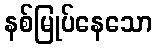
နစ်မြုပ်နေသော